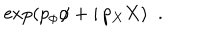
LaTeX: \exp \left( p _ { \phi } \phi + i \, p _ { X } X \right) \; \; .